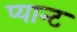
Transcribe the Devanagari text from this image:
प्यान्ट